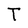
Character: T